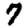
Digit: 7